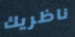
ناظريك